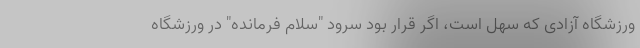
ورزشگاه آزادی که سهل است، اگر قرار بود سرود "سلام فرمانده" در ورزشگاه